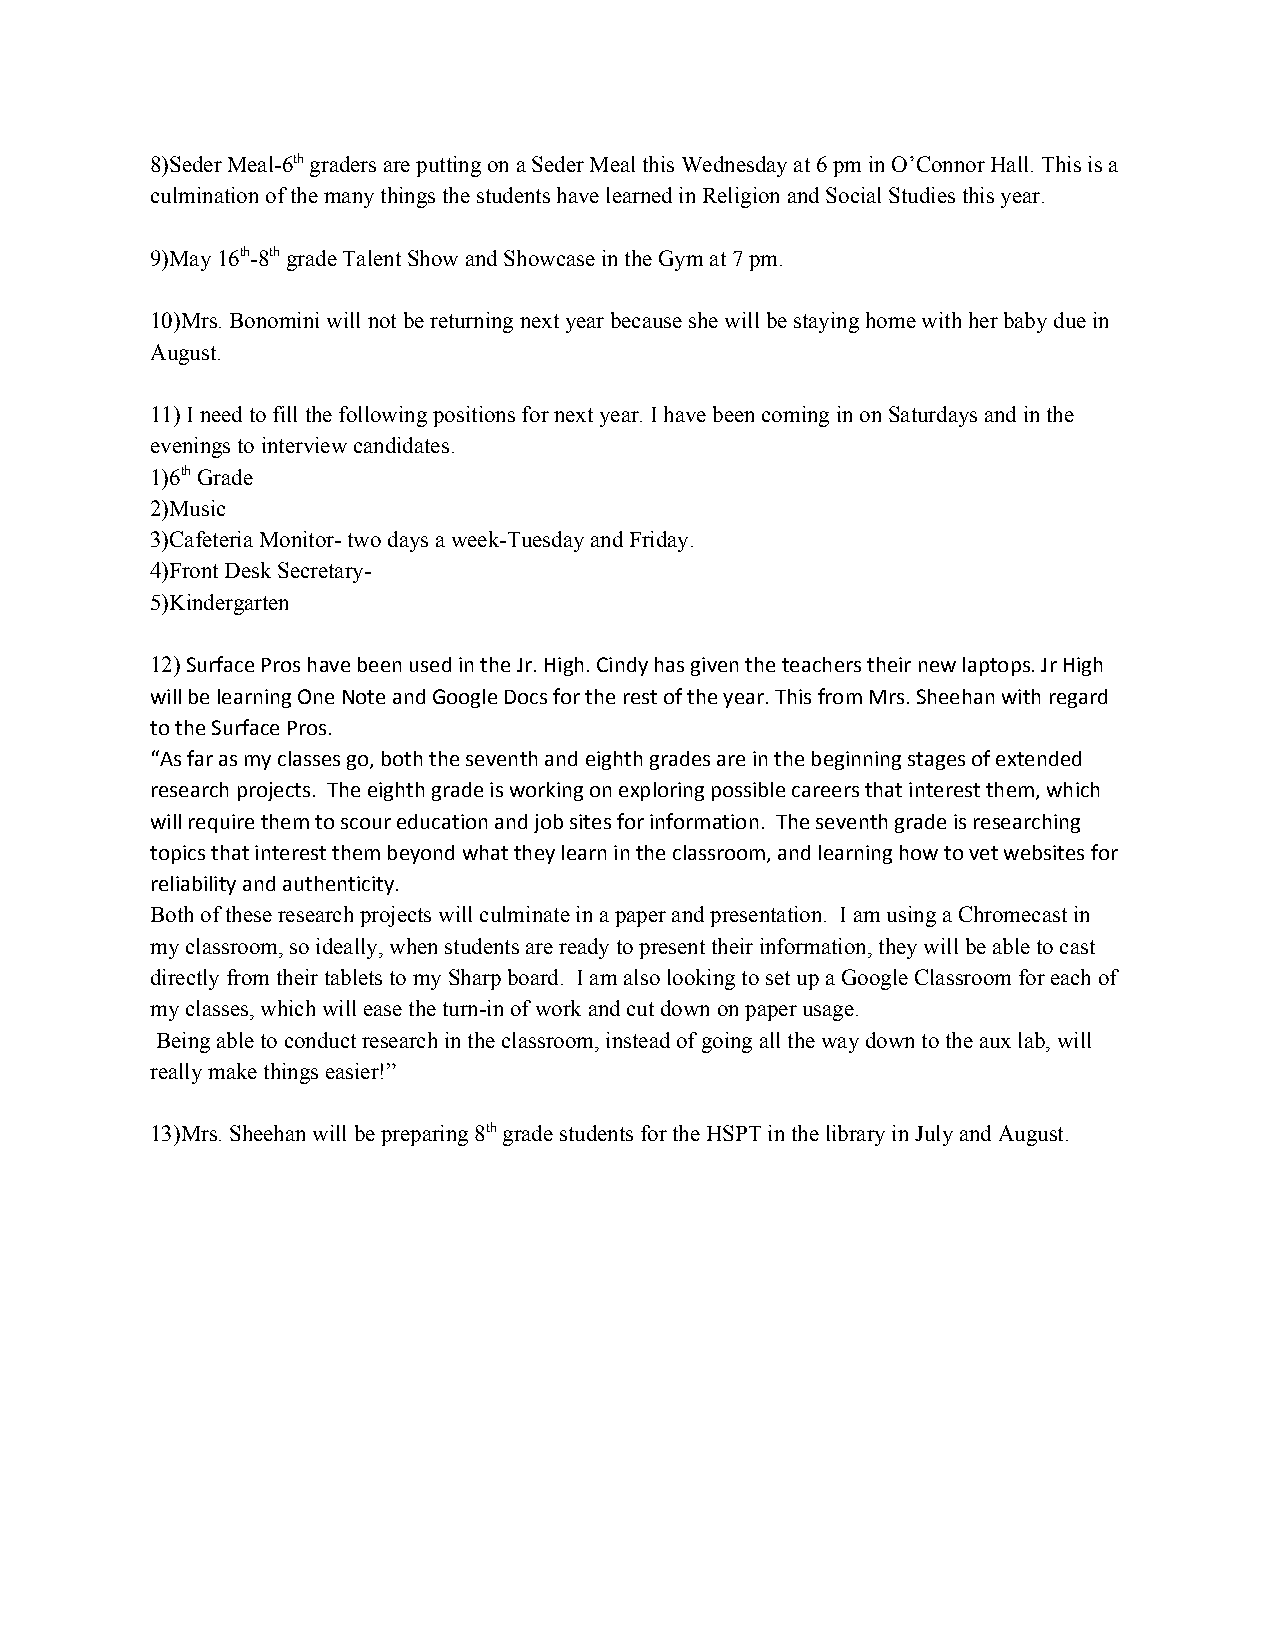
8)Seder Meal-6th ​ graders are putting on a Seder Meal this Wednesday at 6 pm in O’Connor Hall. This is a
 ​
 culmination of the many things the students have learned in Religion and Social Studies this year.
 9)May 16th ​-8th ​ grade Talent Show and Showcase in the Gym at 7 pm.
 ​ ​
 10)Mrs. Bonomini will not be returning next year because she will be staying home with her baby due in
 August.
 11) I need to fill the following positions for next year. I have been coming in on Saturdays and in the
 evenings to interview candidates.
 1)6th ​ Grade
 ​
 2)Music
 3)Cafeteria Monitor- two days a week-Tuesday and Friday.
 4)Front Desk Secretary-
 5)Kindergarten
 12) Surface Pros have been used in the Jr. High. Cindy has given the teachers their new laptops. Jr High
 ​
 will be learning One Note and Google Docs for the rest of the year. This from Mrs. Sheehan with regard
 to the Surface Pros.
 “As far as my classes go, both the seventh and eighth grades are in the beginning stages of extended
 research projects. The eighth grade is working on exploring possible careers that interest them, which
 will require them to scour education and job sites for information. The seventh grade is researching
 topics that interest them beyond what they learn in the classroom, and learning how to vet websites for
 reliability and authenticity.
 Both of these research projects will culminate in a paper and presentation. I am using a Chromecast in
 my classroom, so ideally, when students are ready to present their information, they will be able to cast
 directly from their tablets to my Sharp board. I am also looking to set up a Google Classroom for each of
 my classes, which will ease the turn-in of work and cut down on paper usage.
 Being able to conduct research in the classroom, instead of going all the way down to the aux lab, will
 really make things easier!”
 13)Mrs. Sheehan will be preparing 8th ​ grade students for the HSPT in the library in July and August.
 ​